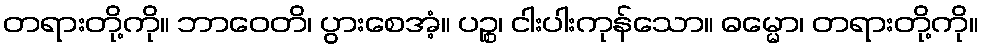
တရားတို့ကို။ ဘာဝေတိ၊ ပွားစေအံ့။ ပဉ္စ၊ ငါးပါးကုန်သော။ ဓမ္မော၊ တရားတို့ကို။